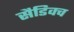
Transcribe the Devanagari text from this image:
सैडिवच